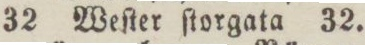
32 Weſter ſtorgata 32.